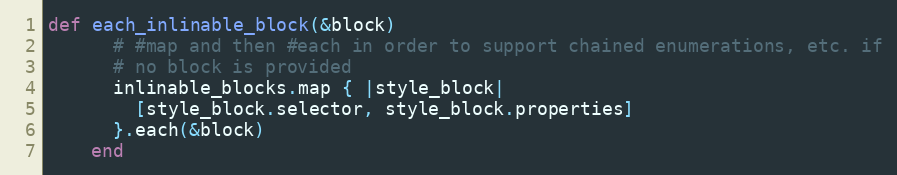
Language: Ruby
def each_inlinable_block(&block)
      # #map and then #each in order to support chained enumerations, etc. if
      # no block is provided
      inlinable_blocks.map { |style_block|
        [style_block.selector, style_block.properties]
      }.each(&block)
    end